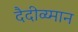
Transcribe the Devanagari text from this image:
दैदीव्य्मान